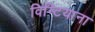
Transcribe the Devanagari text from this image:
विग्टियाना